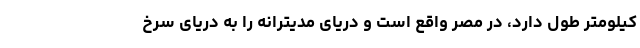
کیلومتر طول دارد، در مصر واقع است و دریای مدیترانه را به دریای سرخ